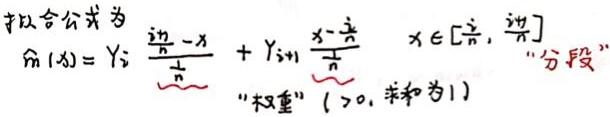
拟合公式为
\[\hat{f}(x)=y_i \frac{\frac{i\pi}{n}-x}{\frac{\pi}{n}}+y_{i + 1}\frac{x-\frac{i\pi}{n}}{\frac{\pi}{n}} \quad x\in[\frac{i\pi}{n},\frac{(i + 1)\pi}{n}]\]
“权重”（$>0$, 和为1）“分段”